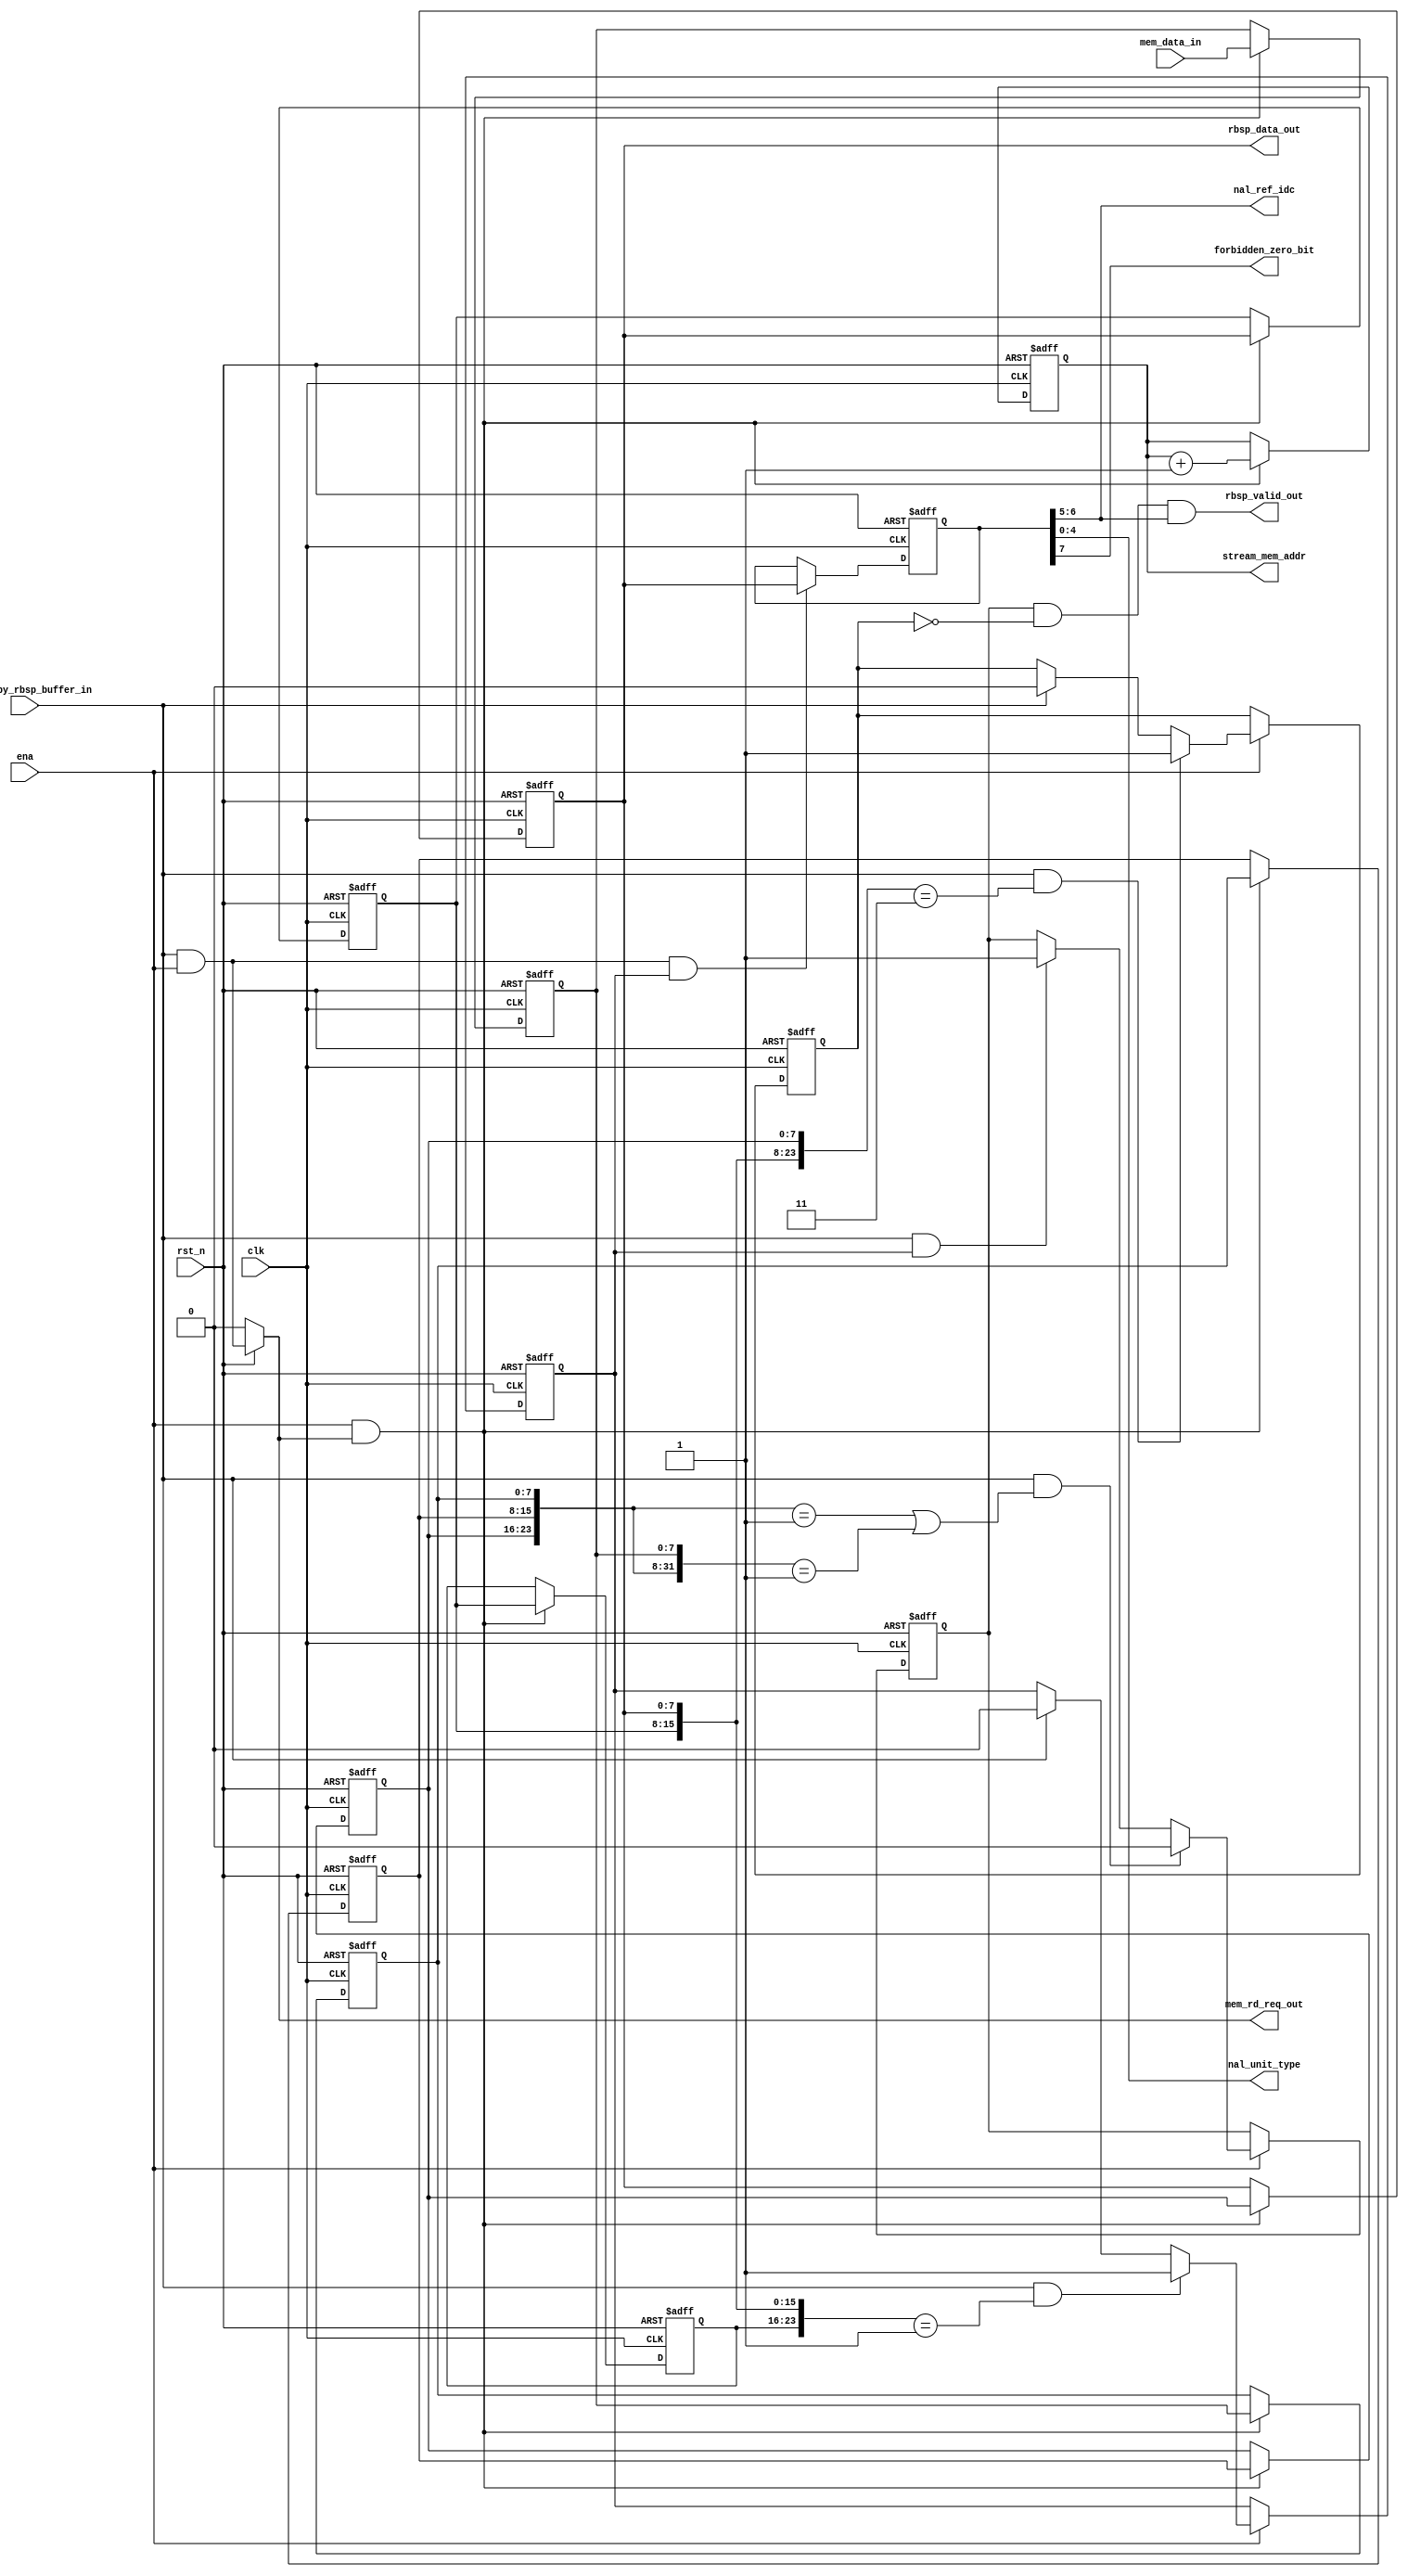
module read_nalu
(
 clk,
 rst_n,
 ena,
 rd_req_by_rbsp_buffer_in,
 mem_data_in,

 nal_unit_type,
 nal_ref_idc,
 forbidden_zero_bit,

 stream_mem_addr, 
 mem_rd_req_out,
 rbsp_data_out,
 rbsp_valid_out
);
input clk,rst_n;	   //global clock and reset					   
input rd_req_by_rbsp_buffer_in;		   //enable this module
input ena;
input 	[7:0]	mem_data_in;	  //data from stream
output	[31:0]	stream_mem_addr;
output  		mem_rd_req_out;		  //read request from stream

output[4:0] nal_unit_type;	   //nalu head output
output[1:0] nal_ref_idc;
output      forbidden_zero_bit; 

output[7:0] rbsp_data_out;	  //data to rbsp buffer
output      rbsp_valid_out;	  	 //write to rbsp buffer

//nslu
parameter
NaluStartBytes = 24'h000001;

reg[7:0] nalu_head;
reg       nalu_valid;
wire[7:0] rbsp_data_out;

reg[7:0] last_byte3;
reg[7:0] last_byte2;
reg[7:0] last_byte1;
reg[7:0] current_byte;
reg[7:0] next_byte1;
reg[7:0] next_byte2;
reg[7:0] next_byte3;
reg[7:0] next_byte4;

reg  start_bytes_detect;//current nalu start bytes
wire next_start_bytes_detect; //next nalu start bytes

reg [31:0] stream_mem_addr;
always @(posedge clk or negedge rst_n)
if (!rst_n)
   stream_mem_addr  <=  0;
else if (ena && mem_rd_req_out == 1'b1)
   stream_mem_addr  <= stream_mem_addr + 1;


always @(posedge clk or negedge rst_n)
if (!rst_n)
begin
   last_byte1   <= 8'b0;
   last_byte2   <= 8'b0;
   last_byte3   <= 8'b0;
   current_byte <= 8'b0;
   next_byte1   <= 8'b0;
   next_byte2   <= 8'b0;
   next_byte3   <= 8'b0;
   next_byte4   <= 8'b0;
end
else if (ena && mem_rd_req_out)
begin
   next_byte4   <= mem_data_in;
   next_byte3   <= next_byte4;
   next_byte2   <= next_byte3;
   next_byte1   <= next_byte2;
   current_byte <= next_byte1;
   last_byte1   <= current_byte;
   last_byte2   <= last_byte1;
   last_byte3   <= last_byte2; 
end
    
//detect nalu start bytes     
always @(posedge clk or negedge rst_n)
if (~rst_n)
    start_bytes_detect <= 1'b0;
else if(ena) begin
	if (rd_req_by_rbsp_buffer_in && {last_byte2,last_byte1,current_byte} 
			 == NaluStartBytes)
		start_bytes_detect <= 1'b1;
	else if (rd_req_by_rbsp_buffer_in)
		start_bytes_detect <= 1'b0;    
end
//nalu head
always @(posedge clk or negedge rst_n)
if (~rst_n)
   nalu_head <= 'b0;
else if (ena && rd_req_by_rbsp_buffer_in && start_bytes_detect)
   nalu_head <= current_byte;


always @(posedge clk or negedge rst_n)
if (~rst_n)
   nalu_valid <= 1'b0;
else if (ena) begin
	if(rd_req_by_rbsp_buffer_in && next_start_bytes_detect)
	   nalu_valid <= 1'b0;
	else if (rd_req_by_rbsp_buffer_in && start_bytes_detect)
	   nalu_valid <= 1'b1;
end
//current nalu end , next nalu start       
assign next_start_bytes_detect =  {next_byte1,next_byte2,next_byte3} == NaluStartBytes ||
{next_byte1,next_byte2,next_byte3,next_byte4} == {8'h00,NaluStartBytes} ;

//nalu head struct
assign nal_unit_type = nalu_head[4:0];
assign nal_ref_idc = nalu_head[6:5];
assign forbidden_zero_bit = nalu_head[7]; 

//ebsp to rbsp
parameter
emulation_prevention_three_byte = 24'h000003;

reg competition_bytes_detect;

always @(posedge clk or negedge rst_n)
if (~rst_n)
    competition_bytes_detect <= 1'b0;
else if (ena)begin
	if (rd_req_by_rbsp_buffer_in && {last_byte1,current_byte,next_byte1}
			  == emulation_prevention_three_byte)
		competition_bytes_detect <= 1'b1;
	else if (rd_req_by_rbsp_buffer_in)
		competition_bytes_detect <= 1'b0;
end
     
assign rbsp_data_out = current_byte;
assign rbsp_valid_out = nalu_valid && !competition_bytes_detect &&  nal_ref_idc;

//mem read
assign mem_rd_req_out = rst_n?(rd_req_by_rbsp_buffer_in && ena):0;
        
endmodule